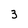
Character: 3